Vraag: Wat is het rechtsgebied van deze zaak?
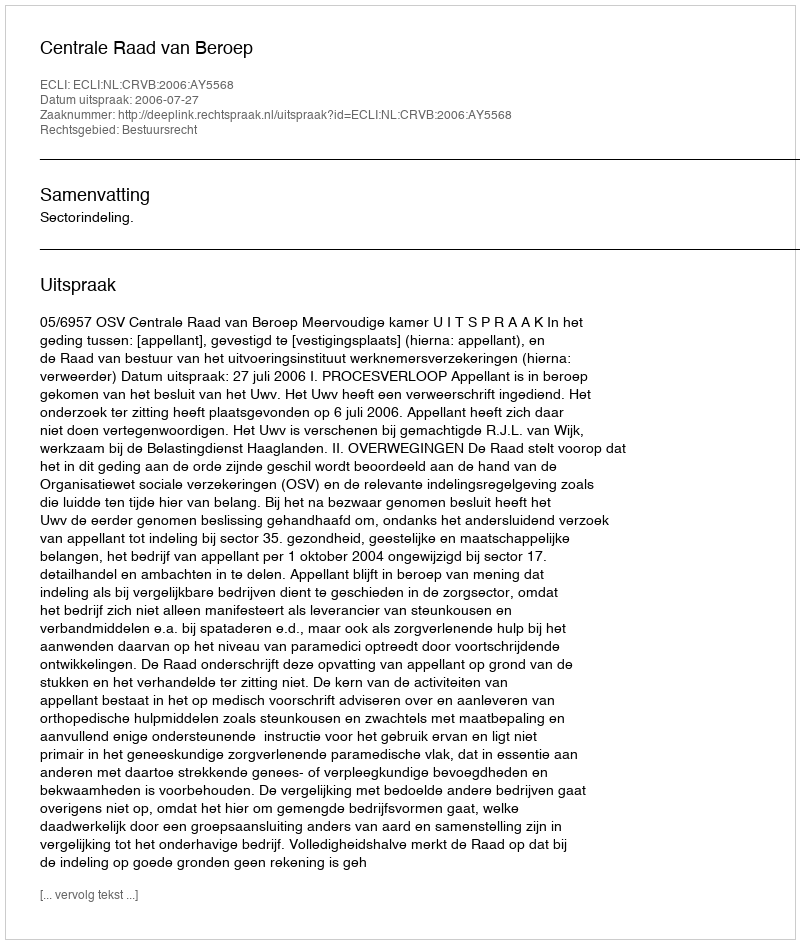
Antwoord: Bestuursrecht